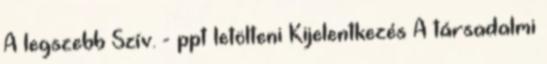
A legszebb Szív. - ppt letölteni Kijelentkezés A társadalmi